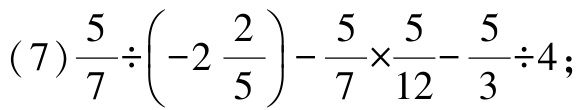
(7)$$\frac{5}{7}\div\left(-2\frac{2}{5}\right)-\frac{5}{7}\times\frac{5}{12}-\frac{5}{3}\div4;$$